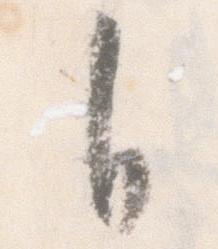
自